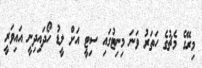
މިރޭގެ މެޗުގެ ހަތަރު ވަނަ މިނިޓުގައި ސިޓީ އަށް ލީޑު ހޯދައިދިނީ އައިވަރީ